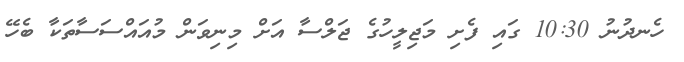
ހެނދުނު 10:30 ގައި ފެށި މަޖިލީހުގެ ޖަލްސާ އަށް މިނިވަން މުއައްސަސާތަކާ ބެހޭ